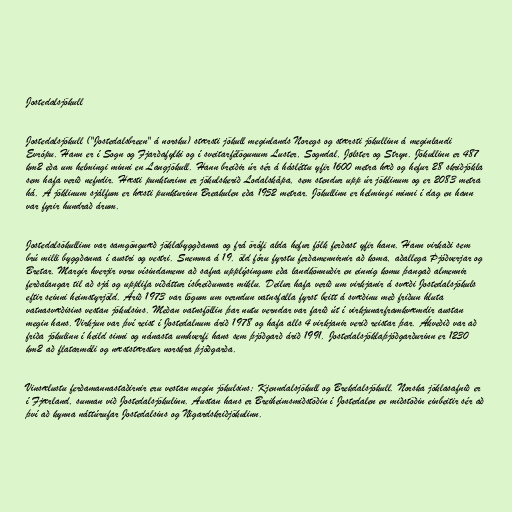
Jostedalsjökull

Jostedalsjökull ("Jostedalsbreen" á norsku) stærsti jökull meginlands Noregs og stærsti jökullinn á meginlandi
Evrópu. Hann er í Sogn og Fjarðafylki og í sveitarfélögunum Luster, Sogndal, Jølster og Stryn. Jökullinn er 487
km2 eða um helmingi minni en Langjökull. Hann breiðir úr sér á hásléttu yfir 1600 metra hæð og hefur 28 skriðjökla
sem hafa verið nefndir. Hæsti punkturinn er jökulskerið Lodalskåpa, sem stendur upp úr jöklinum og er 2083 metra
há. Á jöklinum sjálfum er hæsti punkturinn Breakulen eða 1952 metrar. Jökullinn er helmingi minni í dag en hann
var fyrir hundrað árum.

Jostedalsökullinn var samgönguæð jöklabyggðanna og frá örófi alda hefur fólk ferðast yfir hann. Hann virkaði sem
brú milli byggðanna í austri og vestri. Snemma á 19. öld fóru fyrstu ferðamennirnir að koma, aðallega Þjóðverjar og
Bretar. Margir hverjir voru vísindamenn að safna upplýsingum eða landkönnuðir en einnig komu þangað almennir
ferðalangar til að sjá og upplifa víðáttur ísbreiðunnar miklu. Deilur hafa verið um virkjanir á svæði Jostedalsjökuls
eftir seinni heimstyrjöld. Árið 1973 var lögum um verndun vatnsfalla fyrst beitt á svæðinu með friðun hluta
vatnasvæðisins vestan jökulsins. Meðan vatnsföllin þar nutu verndar var farið út í virkjunarframkvæmdir austan
megin hans. Virkjun var því reist í Jostedalnum árið 1978 og hafa alls 4 virkjanir verið reistar þar. Ákveðið var að
friða jökulinn í heild sinni og nánasta umhverfi hans sem þjóðgarð árið 1991. Jostedalsjöklaþjóðgarðurinn er 1230
km2 að flatarmáli og næststærstur norskra þjóðgarða.

Vinsælustu ferðamannastaðirnir eru vestan megin jökulsins; Kjenndalsjökull og Brekdalsjökull. Norska jöklasafnið er
í Fjærland, sunnan við Jostedalsjökulinn. Austan hans er Breiheimsmiðstöðin í Jostedalen en miðstöðin einbeitir sér að
því að kynna náttúrufar Jostedalsins og Nigardskriðjökulinn.